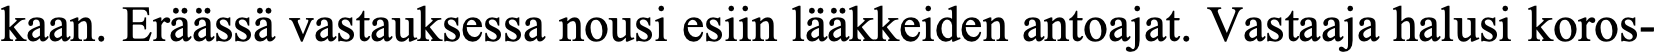
kaan. Eräässä vastauksessa nousi esiin lääkkeiden antoajat. Vastaaja halusi koros-